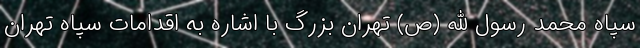
سپاه محمد رسول الله (ص) تهران بزرگ با اشاره به اقدامات سپاه تهران